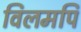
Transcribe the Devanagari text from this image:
विलमपि